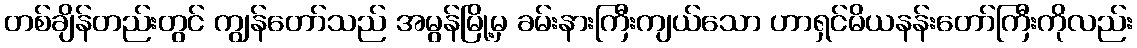
တစ်ချိန်တည်းတွင် ကျွန်တော်သည် အမွန်မြို့မှ ခမ်းနားကြီးကျယ်သော ဟာရှင်မိယနန်းတော်ကြီးကိုလည်း